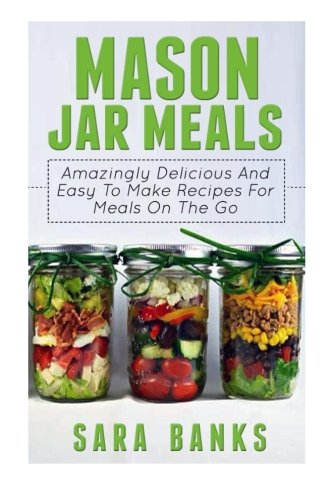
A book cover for Mason Jar Meals: Amazingly Delicious And Easy To Make Recipes For Meals On The Go (Volume 1); Sara Banks; Cookbooks, Food & Wine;